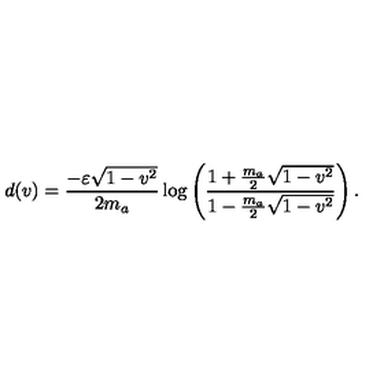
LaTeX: d ( v ) = \frac { - \varepsilon \sqrt { 1 - v ^ { 2 } } } { 2 m _ { a } } \log \left( \frac { 1 + \frac { m _ { a } } { 2 } \sqrt { 1 - v ^ { 2 } } } { 1 - \frac { m _ { a } } { 2 } \sqrt { 1 - v ^ { 2 } } } \right) .